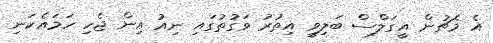
އެ މެޗުން އީގަލްސް ބަލިވީ އިތުރު ވަގުތުގައި ނިއު އިން ޖެހި ހަމައެކަނި